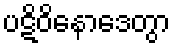
ပဋိဝိနောဒေတွာ